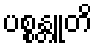
ပစ္စန္တူတိ